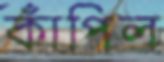
কাঁপিল